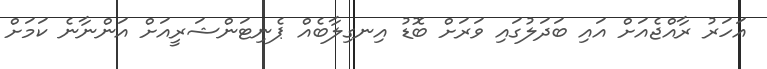
އަހަރު ރާއްޖެއަށް އައި ބަދަލުގައި ވަރަށް ބޮޑު އިނގިލާބެއް ޕެނިޓަންޝަރީއަށް އަންނާނެ ކަމަށް